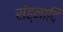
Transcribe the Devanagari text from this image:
संह्नादि